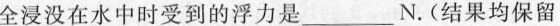
全浸没在水中时受到的浮力是___N.(结果均保留